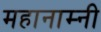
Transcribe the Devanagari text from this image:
महानाम्नी